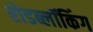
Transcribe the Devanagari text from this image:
रोडब्लॉकिंग